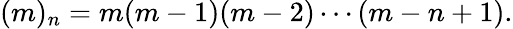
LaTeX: (m)_{n}=m(m-1)(m-2)\cdots(m-n+1).